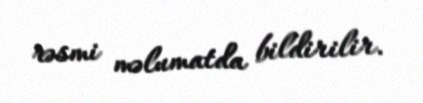
rəsmi məlumatda bildirilir.